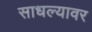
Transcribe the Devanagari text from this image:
साधल्यावर